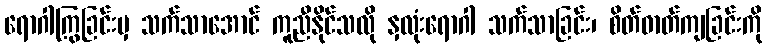
ရောဂါကြွခြင်းမှ သက်သာအောင် ကူညီနိုင်သလို နှလုံးရောဂါ သက်သာခြင်း၊ စိတ်ဓာတ်ကျခြင်းကို